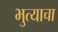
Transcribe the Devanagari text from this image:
भुत्याचा